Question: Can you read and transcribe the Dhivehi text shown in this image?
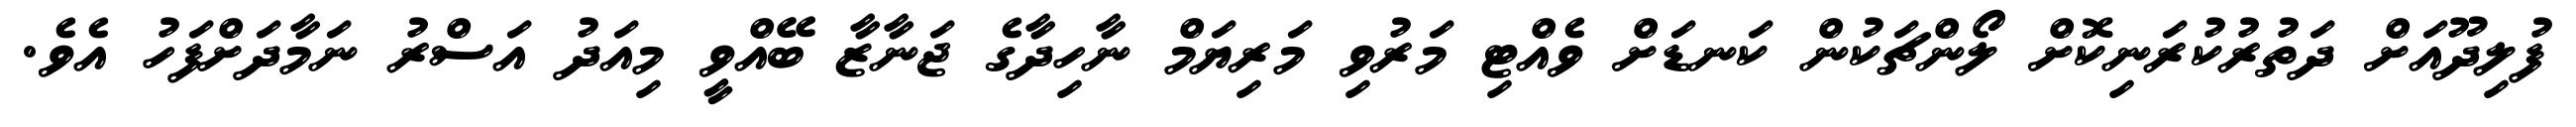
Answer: ފުލިދޫއަށް ދަތުރުކުރަނިކޮށް ލޯންޗަކުން ކަނޑަށް ވެއްޓި މަރުވި މަރިޔަމް ނާހިދާގެ ޖަނާޒާ ބޭއްވީ މިއަދު އަސްރު ނަމާދަށްފަހު އެވެ.